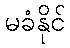
မခံနိုင်